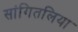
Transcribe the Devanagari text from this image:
सांगितलिया